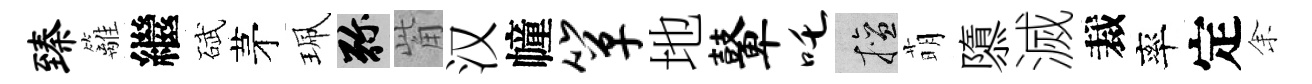
臻籬繼碔茅珮弥觜汉幢箪地鼙吒擅萌隳滅裁率定𪜬